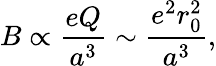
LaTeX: B\propto\frac{eQ}{a^{3}}\sim\frac{e^{2}r_{0}^{2}}{a^{3}},